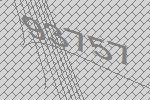
93757